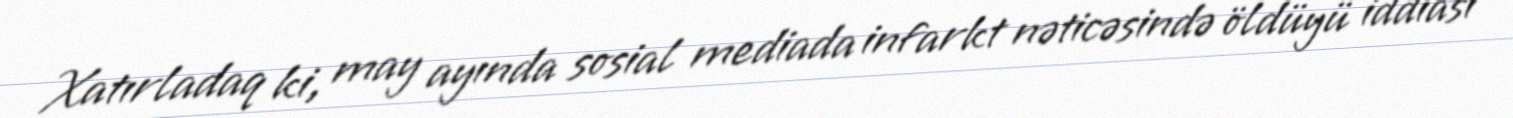
Xatırladaq ki, may ayında sosial mediada infarkt nəticəsində öldüyü iddiası